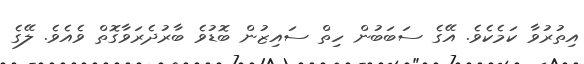
އިތުރުވާ ކަމެކެވެ. އޭގެ ސަބަބުން ހިތް ސައިޒުން ބޮޑުވެ ބާރުދެރަވާގޮތް ވެއެވެ. ލޭގެ